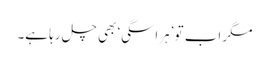
مگر اب تو ’ہراسگی‘ بھی چل رہا ہے۔